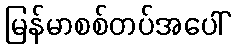
မြန်မာစစ်တပ်အပေါ်